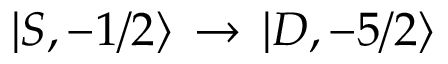
| S , - 1 / 2 \rangle \, \rightarrow \, | D , - 5 / 2 \rangle